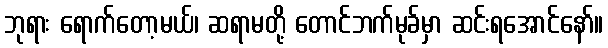
ဘုရား ရောက်တော့မယ်၊ ဆရာမတို့ တောင်ဘက်မုခ်မှာ ဆင်းရအောင်နော်။